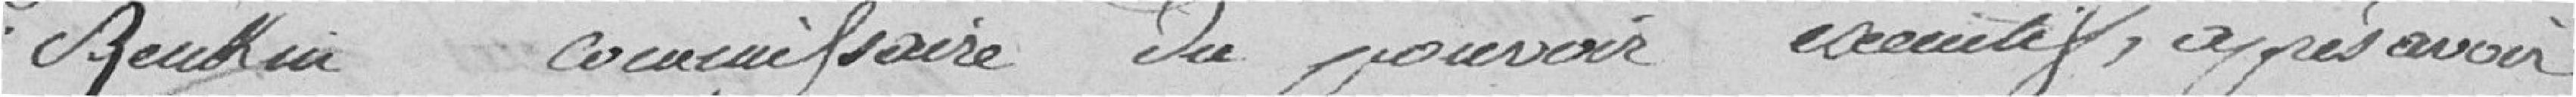
Reulkin commissaire du pouvoir exécutif, après avoir